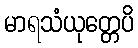
မာရသံယုတ္တေပိ